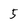
Character: 5